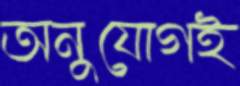
অনুযোগই